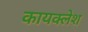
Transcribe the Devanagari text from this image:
कायक्लेश